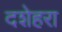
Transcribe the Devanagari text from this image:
दशेहरा